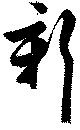
新